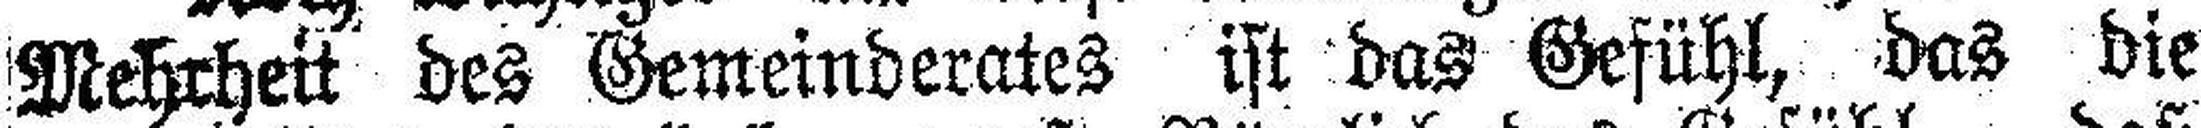
Mehrheit des Gemeinderates ist das Gefühl, das die